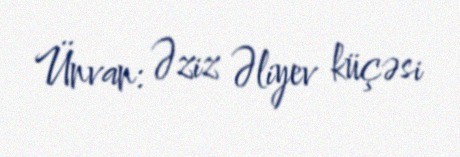
Ünvan: Əziz Əliyev küçəsi